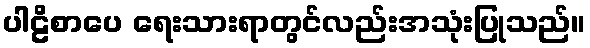
ပါဠိစာပေ ရေးသားရာတွင်လည်းအသုံးပြုသည်။